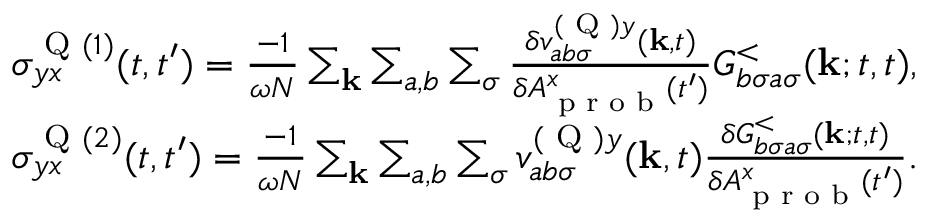
\begin{array} { r l } & { \sigma _ { y x } ^ { \textrm { Q } ( 1 ) } ( t , t ^ { \prime } ) = \frac { - 1 } { \omega N } \sum _ { \mathbf { k } } \sum _ { a , b } \sum _ { \sigma } \frac { \delta v _ { a b \sigma } ^ { ( \textrm { Q } ) y } ( \mathbf { k } , t ) } { \delta A _ { \textrm { p r o b } } ^ { x } ( t ^ { \prime } ) } G _ { b \sigma a \sigma } ^ { < } ( \mathbf { k } ; t , t ) , } \\ & { \sigma _ { y x } ^ { \textrm { Q } ( 2 ) } ( t , t ^ { \prime } ) = \frac { - 1 } { \omega N } \sum _ { \mathbf { k } } \sum _ { a , b } \sum _ { \sigma } v _ { a b \sigma } ^ { ( \textrm { Q } ) y } ( \mathbf { k } , t ) \frac { \delta G _ { b \sigma a \sigma } ^ { < } ( \mathbf { k } ; t , t ) } { \delta A _ { \textrm { p r o b } } ^ { x } ( t ^ { \prime } ) } . } \end{array}